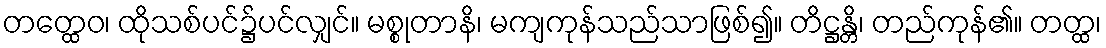
တတ္ထေဝ၊ ထိုသစ်ပင်၌ပင်လျှင်။ မစ္စုတာနိ၊ မကျကုန်သည်သာဖြစ်၍။ တိဋ္ဌန္တိ၊ တည်ကုန်၏။ တတ္ထ၊